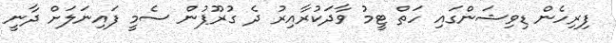
ފިރިހެން ޑިވިޝަންގައި ހަތް ޓީމު ވާދަކުރާއިރު ދެ ގުރޫޕުން ސެމީ ފައިނަލަށް ދާނީ